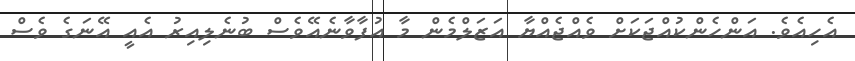
އެހިއެވެ. އަންހެންކުއްޖަކަށް ވެއްޖެއްޔާ އަޒަލްމެން މާ އުފާވާނެއޭވެސް ބުނެލިއިރު އެއީ އޭނަގެ ވެސް